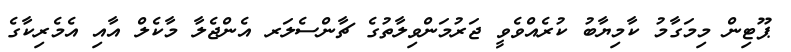
ޕޫޓިން މިމަގާމު ކާމިޔާބު ކުރެއްވެވީ ޖަރުމަންވިލާތުގެ ޗާންސެލަރ އެންޖެލާ މާކެލް އާއި އެމެރިކާގެ